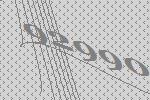
92990